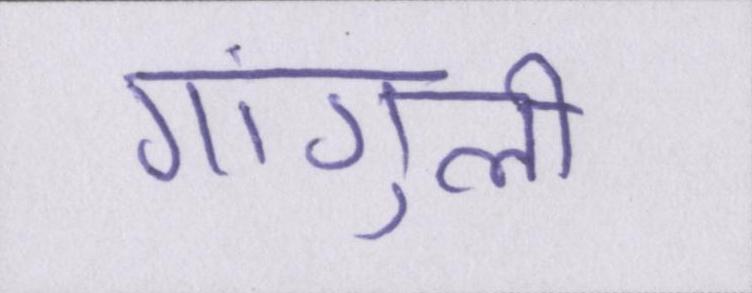
गांगुली